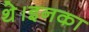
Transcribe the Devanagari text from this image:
थे।इनका